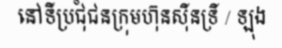
នៅទីប្រជុំជនក្រុមហ៊ុនស៊ីនទ្រី / ឡុង